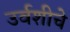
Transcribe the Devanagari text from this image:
उर्वशीचे